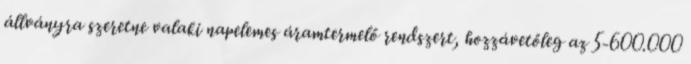
állványra szeretne valaki napelemes áramtermelő rendszert, hozzávetőleg az 5-600.000